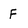
Character: F